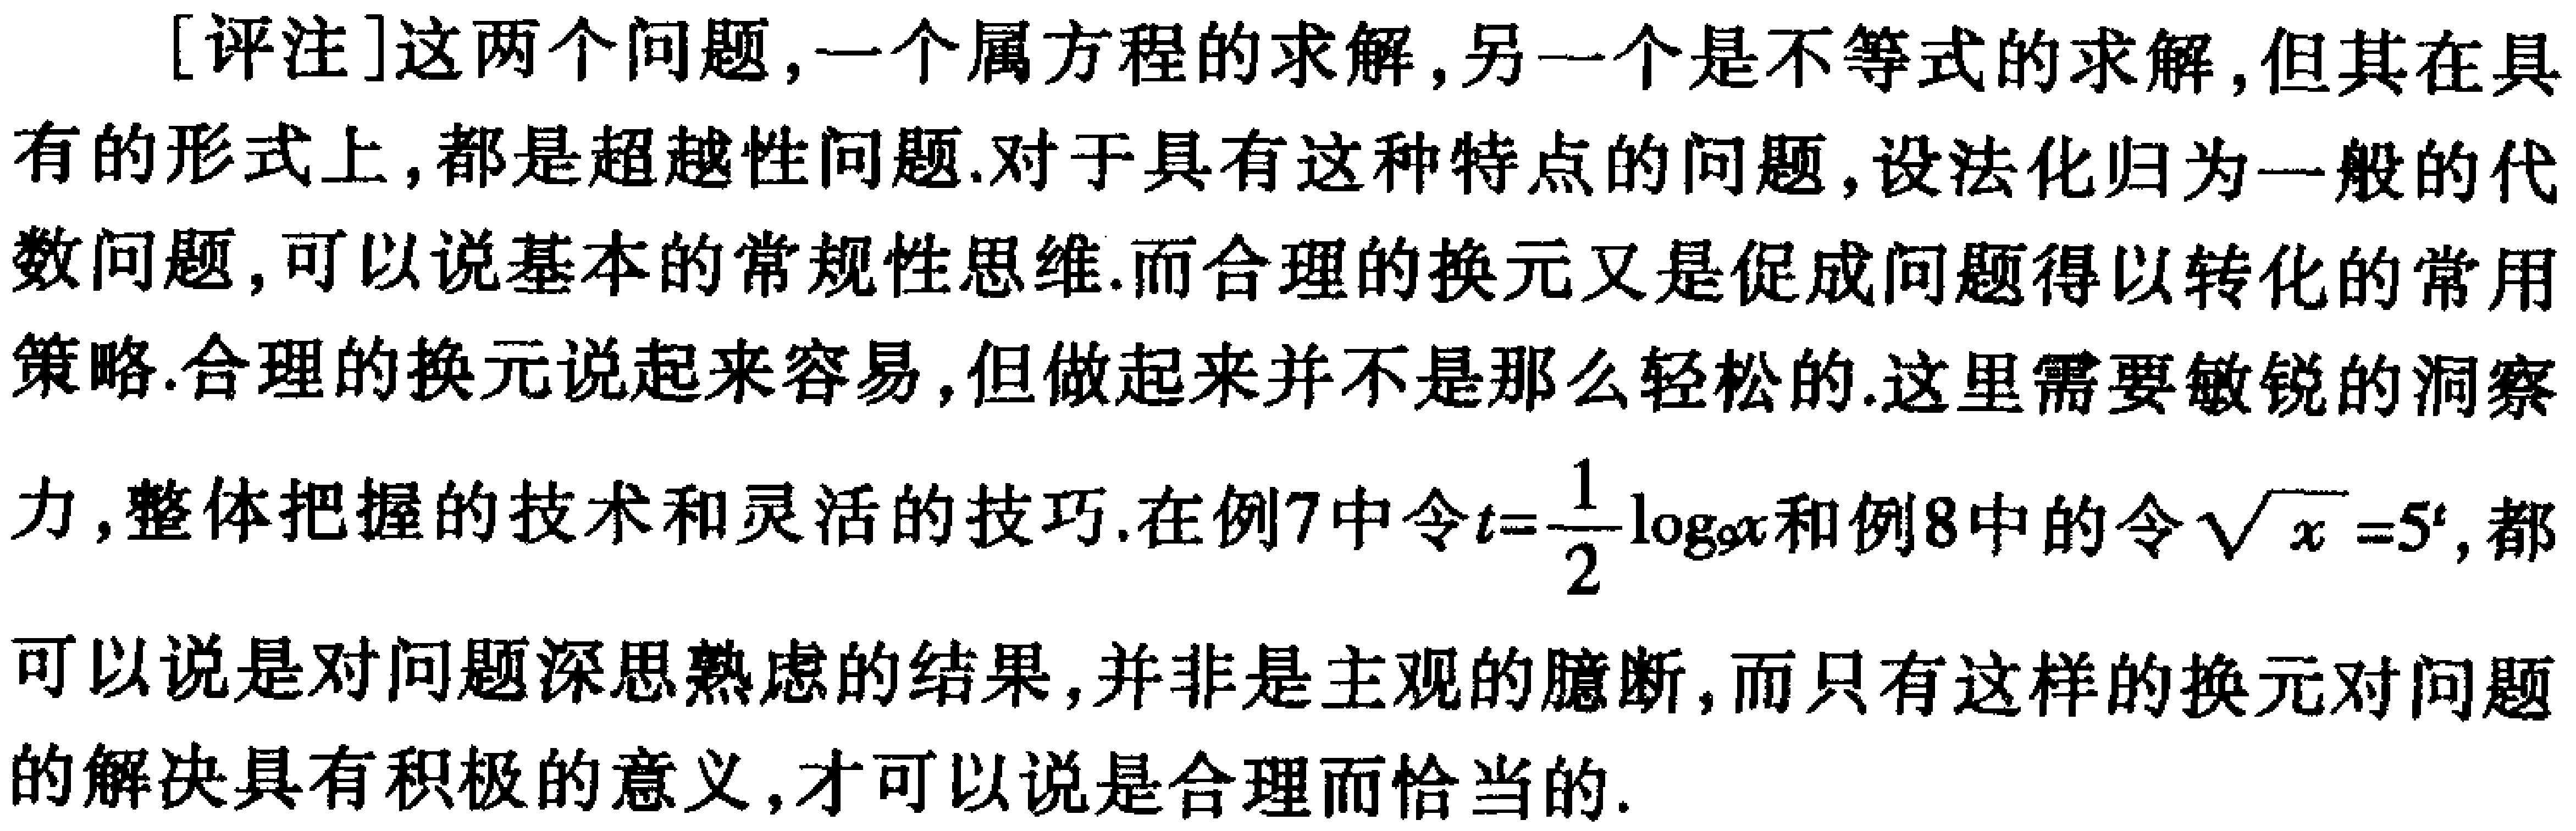
[评注]这两个问题,一个属方程的求解,另一个是不等式的求解,但其在具有的形式上,都是超越性问题.对于具有这种特点的问题,设法化归为一般的代数问题,可以说基本的常规性思维.而合理的换元又是促成问题得以转化的常用策略.合理的换元说起来容易,但做起来并不是那么轻松的.这里需要敏锐的洞察力,整体把握的技术和灵活的技巧.在例7中令\(t = \frac{1}{2}\log_{9}x\)和例8中的令\(\sqrt{x}=5^{t}\),都可以说是对问题深思熟虑的结果,并非是主观的臆断,而只有这样的换元对问题的解决具有积极的意义,才可以说是合理而恰当的.